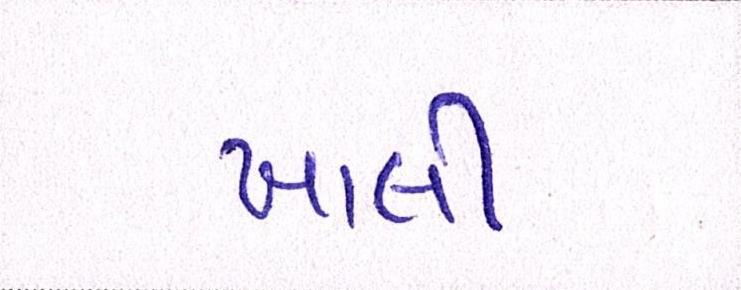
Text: ખાલી